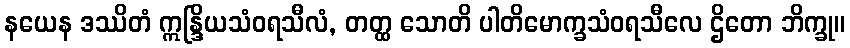
နယေန ဒဿိတံ ဣန္ဒြိယသံဝရသီလံ, တတ္ထ သောတိ ပါတိမောက္ခသံဝရသီလေ ဌိတော ဘိက္ခု။